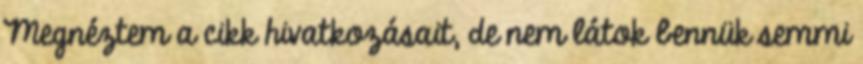
Megnéztem a cikk hivatkozásait, de nem látok bennük semmi